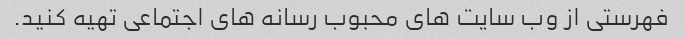
فهرستی از وب سایت های محبوب رسانه های اجتماعی تهیه کنید.